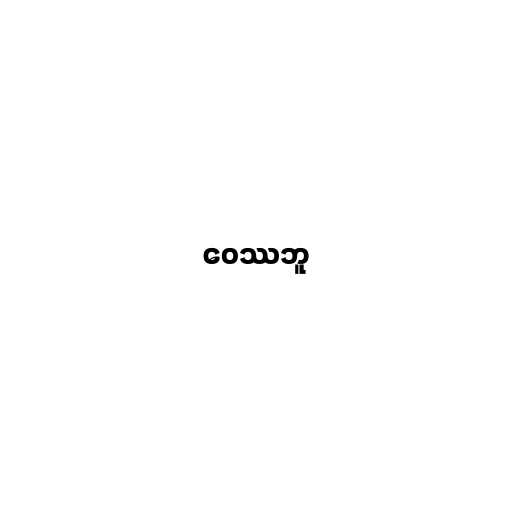
ဝေဿဘူ